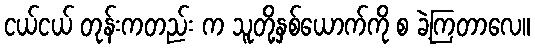
ငယ်ငယ် တုန်းကတည်း က သူတို့နှစ်ယောက်ကို စ ခဲ့ကြတာလေ။